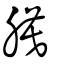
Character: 膜